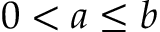
0 < a \le b